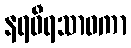
နရဝီရသာဝကာ